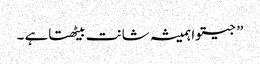
” جیتوا ہمیشہ شانت بیٹھتاہے ۔